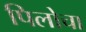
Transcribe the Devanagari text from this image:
पिलोचा